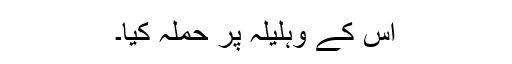
اس کے وہلیلہ پر حملہ کیا۔